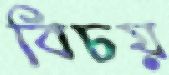
বিচয়